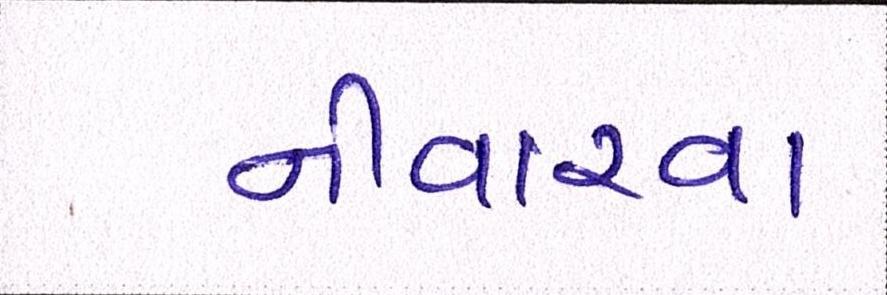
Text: નીવારવા